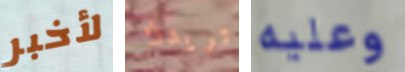
لأخبر تريدك وعليه